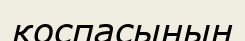
қоспасының